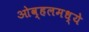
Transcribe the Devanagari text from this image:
ओव्हलमध्ये